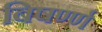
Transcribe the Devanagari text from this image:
बिषर्ण्ण